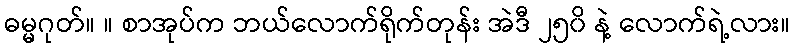
ဓမ္မဂုတ်။ ။ စာအုပ်က ဘယ်လောက်ရိုက်တုန်း အဲဒီ ၂၅၀ိ နဲ့ လောက်ရဲ့လား။